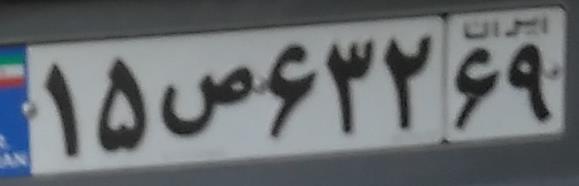
۱۵ص۶۳۲۶۹